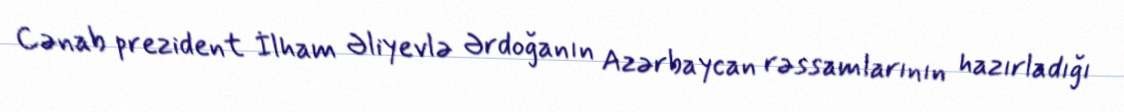
Cənab prezident İlham Əliyevlə Ərdoğanın Azərbaycan rəssamlarının hazırladığı